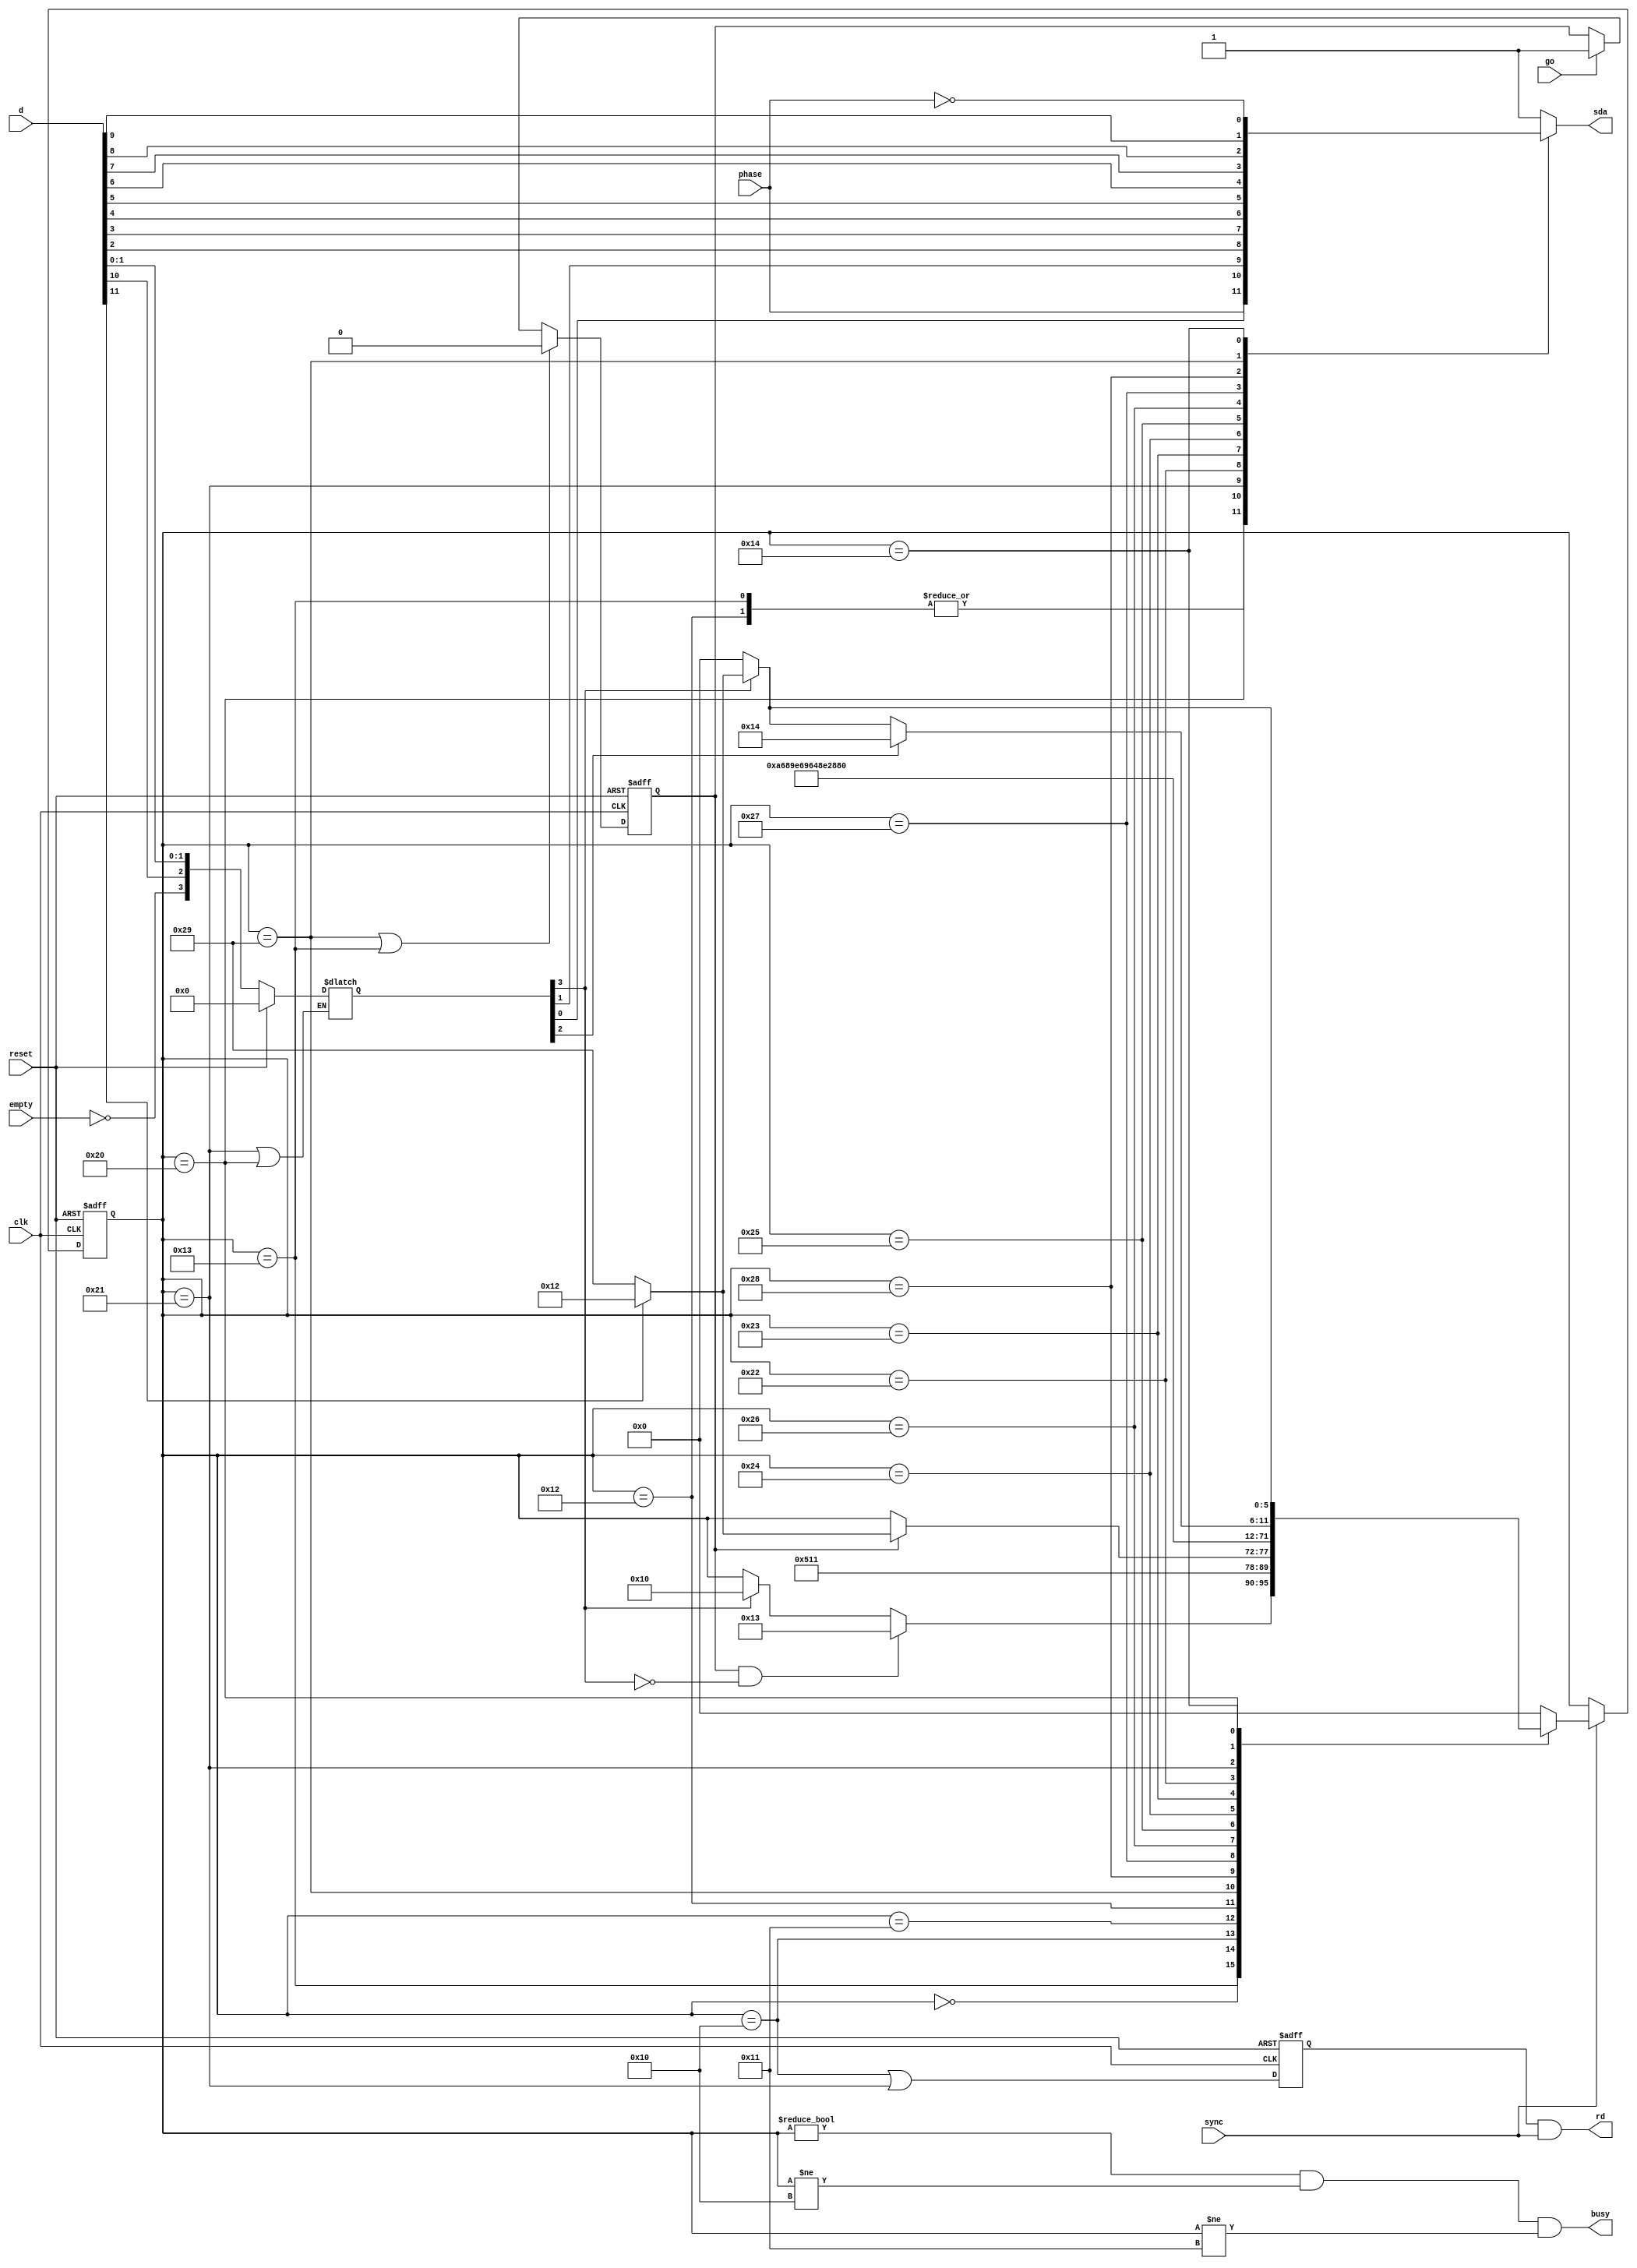
module psi2c_bitsend
(
	input clk,
	input sync,
	input reset,
	input phase,
	input go,
	input empty,
	output rd,
	output busy,
	input [11:0]d,
	output reg sda
);
  reg goff;
	wire hold;
  reg [3:0]latch;
  always @(*) if (!hold) latch <= reset ? 4'b0000 : {!empty, d[10], d[1:0]};
  wire s = d[11];    
  wire p = latch[2];  
  wire [9:0]data = {d[9:2], latch[1:0]}; 
  wire em = !latch[3]; 
	localparam sm_idle   = 6'b000000;  
	localparam sm_load   = 6'b010000;  
	localparam sm_wait   = 6'b010001;  
	localparam sm_start1 = 6'b010010;  
	localparam sm_start2 = 6'b010011;  
	localparam sm_bit0   = 6'b100000;  
	localparam sm_bit1   = 6'b100001;
	localparam sm_bit2   = 6'b100010;
	localparam sm_bit3   = 6'b100011;
	localparam sm_bit4   = 6'b100100;
	localparam sm_bit5   = 6'b100101;
	localparam sm_bit6   = 6'b100110;
	localparam sm_bit7   = 6'b100111;
	localparam sm_bit8   = 6'b101000;
	localparam sm_bit9   = 6'b101001;  
	localparam sm_stop   = 6'b010100;  
	reg [5:0]sm;
	always @(posedge clk or posedge reset)
	begin
		if (reset) sm <= sm_idle;
		else if (sync)
		case (sm)
			sm_idle:   if (goff && em) sm <= sm_start2; 
			           else if (!em)  sm <= sm_load;   
			sm_start2: sm <= sm_stop;
			sm_load:   sm <= sm_wait;
			sm_wait:   if (goff) sm <= s ? sm_start1 : sm_bit9;
			sm_start1: sm <= sm_bit9;
			sm_bit9:   sm <= sm_bit8;
			sm_bit8:   sm <= sm_bit7;
			sm_bit7:   sm <= sm_bit6;
			sm_bit6:   sm <= sm_bit5;
			sm_bit5:   sm <= sm_bit4;
			sm_bit4:   sm <= sm_bit3;
			sm_bit3:   sm <= sm_bit2;
			sm_bit2:   sm <= sm_bit1;
			sm_bit1:   sm <= sm_bit0;
			sm_bit0:   if (p) sm <= sm_stop;
			           else if (em) sm <= sm_idle;
			           else sm <= s ? sm_start1 : sm_bit9;
			sm_stop:   if (em) sm <= sm_idle;
			           else sm <= s ? sm_start1 : sm_bit9;
			default: sm <= sm_idle;
		endcase
	end
	always @(*)
	begin
		case (sm)
			sm_start1: sda <= phase;
			sm_start2: sda <= phase;
			sm_bit0:   sda <= data[0];
			sm_bit1:   sda <= data[1];
			sm_bit2:   sda <= data[2];
			sm_bit3:   sda <= data[3];
			sm_bit4:   sda <= data[4];
			sm_bit5:   sda <= data[5];
			sm_bit6:   sda <= data[6];
			sm_bit7:   sda <= data[7];
			sm_bit8:   sda <= data[8];
			sm_bit9:   sda <= data[9];
			sm_stop:   sda <= !phase;
			default:   sda <= 1;
		endcase
	end
  assign hold = (sm == sm_bit1) || (sm == sm_bit0);
  assign busy = (sm != sm_idle) && (sm != sm_load) && (sm != sm_wait);
	always @(posedge clk or posedge reset)
	begin
		if (reset) goff <= 0;
		else if ((sm == sm_bit9) || (sm == sm_start2)) goff <= 0;
		else if (go) goff <= 1;
	end
  reg rdff;
  always @(posedge clk or posedge reset)
  begin
    if (reset) rdff <= 0;
    else rdff <= (sm == sm_load) || (sm == sm_bit1);
  end
  assign rd = rdff && sync;
endmodule